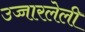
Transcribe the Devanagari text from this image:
उच्चारलेली